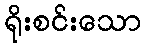
ရိုးစင်းသော